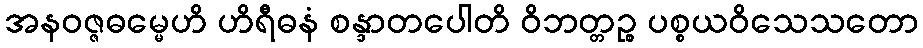
အနဝဇ္ဇဓမ္မေဟိ ဟိရီဓနံ စန္ဒာတပေါတိ ဝိဘတ္တဉ္စ ပစ္စယဝိသေသတော